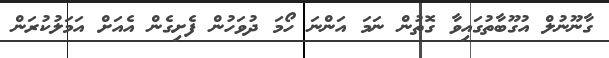
ގާނޫނުލް އުގޫބާތުގައިވާ ގޮތުން ނަމަ އަންނަ ހޯމަ ދުވަހުން ފެށިގެން އެއަށް އަމަލުކުރަން